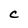
Character: C